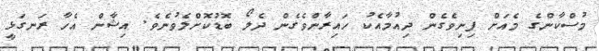
މުސްކާންގެ މެއަށް ފިނިވެގެން ދިއުމާއެކު ހައިރާންވެގެން ދެލޯ ބޮޑުކޮށްލެވުނެވެ. އިޝާން އެހާ ރަނގަޅީ